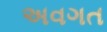
અવગત